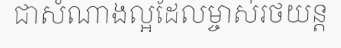
ជាសំណាងល្អដែលម្ចាស់រថយន្ត